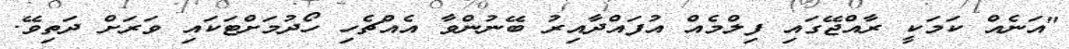
"އަނެއް ކަމަކީ ރާއްޖޭގައި ފިލްމެއް އުފައްދާއިރު ބޭނުންވާ އެއްޗެހި ހޯދުމަށްޓަކައި ވަރަށް ދަތިވޭ.